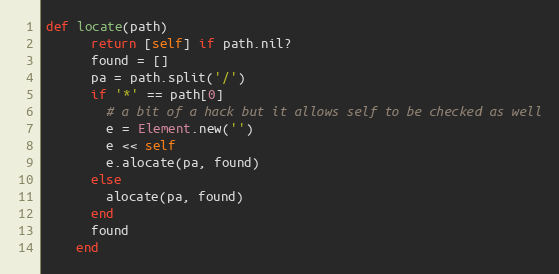
Language: Ruby
def locate(path)
      return [self] if path.nil?
      found = []
      pa = path.split('/')
      if '*' == path[0]
        # a bit of a hack but it allows self to be checked as well
        e = Element.new('')
        e << self
        e.alocate(pa, found)
      else
        alocate(pa, found)
      end
      found
    end